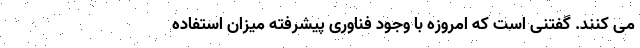
می کنند. گفتنی است که امروزه با وجود فناوری پیشرفته میزان استفاده